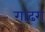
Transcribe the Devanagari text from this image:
गाढरा